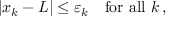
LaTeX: | x _ { k } - L | \leq \varepsilon _ { k } \quad { \mathrm { f o r ~ a l l ~ } } k \, ,